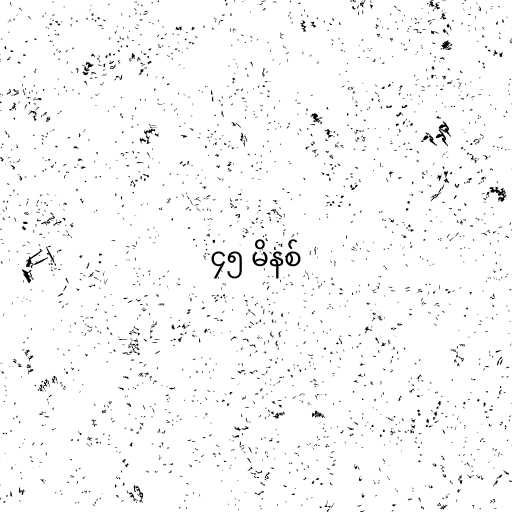
၄၅ မိနစ်